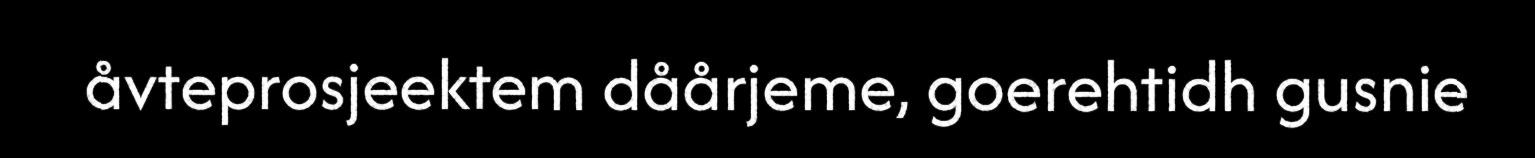
åvteprosjeektem dåårjeme, goerehtidh gusnie